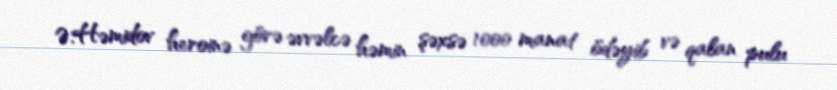
Ə.Həmidov heroinə görə əvvəlcə həmin şəxsə 1000 manat ödəyib və qalan pulu